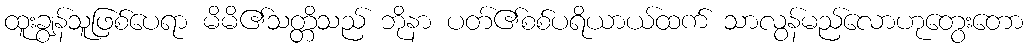
ထူးချွန်သူဖြစ်ပေရာ မိမိ၏သတ္တိသည် ဘိုနာ ပတ်၏စစ်ပရိယာယ်ထက် သာလွန်မည်လောဟုတွေးတော